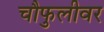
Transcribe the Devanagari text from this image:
चौफुलीवर